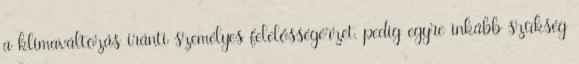
a klímaváltozás iránti személyes felelősségérzet, pedig egyre inkább szükség